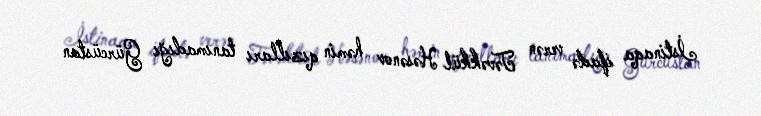
İstinaqa ifadə verən Təvəkkül Həsənov həmin qızılları tanımadığı Gürcüstan